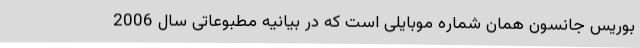
بوریس جانسون همان شماره موبایلی است که در بیانیه مطبوعاتی سال 2006